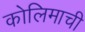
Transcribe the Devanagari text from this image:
कोलिमाची